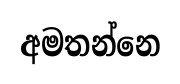
අමතන්නෙ